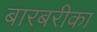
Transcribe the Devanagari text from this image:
बारबरीका